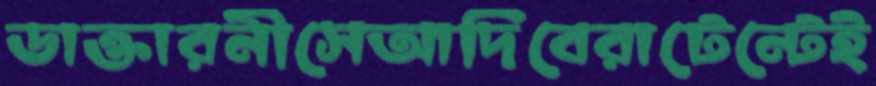
ডাক্তারনীসেআদিবেরাটেন্টেই